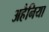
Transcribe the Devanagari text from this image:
अहैनिया